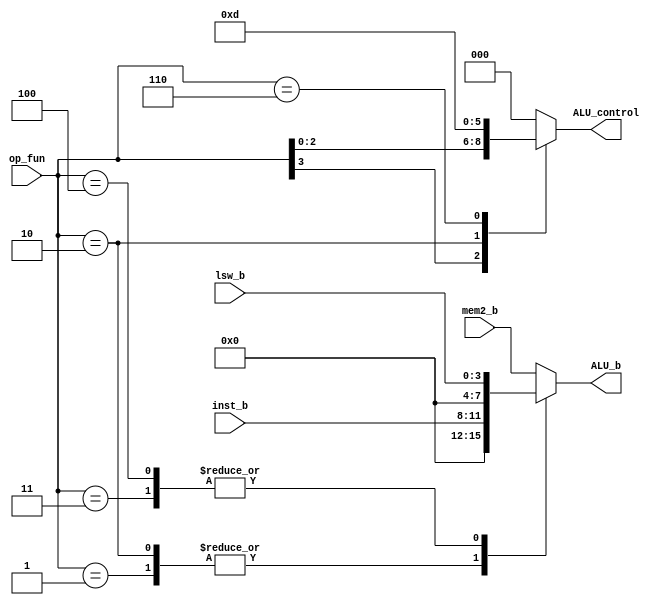
module ALUControl( output reg [2:0] ALU_control, output reg [7:0] ALU_b , input [3:0] op_fun, input [3:0] inst_b,input [7:0]mem2_b,input [3:0]lsw_b);  
  always @(*)  
  case (op_fun)  
    4'b0001: ALU_b={4'b0000,inst_b};  
    4'b0010: ALU_b={4'b0000,inst_b};   
    4'b0011: ALU_b={4'b0000,lsw_b}; 
    4'b0100: ALU_b={4'b0000,lsw_b}; 
    default: ALU_b=mem2_b;
  endcase  
  always @(*)  
  casex (op_fun)  
    4'b1xxx: ALU_control=op_fun[2:0];  
    4'b0001: ALU_control=3'b000;   
    4'b0010: ALU_control=3'b001;  
    4'b0110: ALU_control=3'b101;
    default: ALU_control=3'b000;
  endcase 
 endmodule  
// Verilog code for JR control unit
// module JR_Control( input[1:0] alu_op, 
//        input [3:0] funct,
//        output JRControl
//     );
// assign JRControl = ({alu_op,funct}==6'b001000) ? 1'b1 : 1'b0;
// endmodule